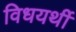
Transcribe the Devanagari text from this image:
विधयर्थी